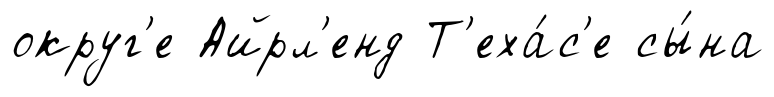
округ'е Айрл'енд Т'еха́с'е сы́на